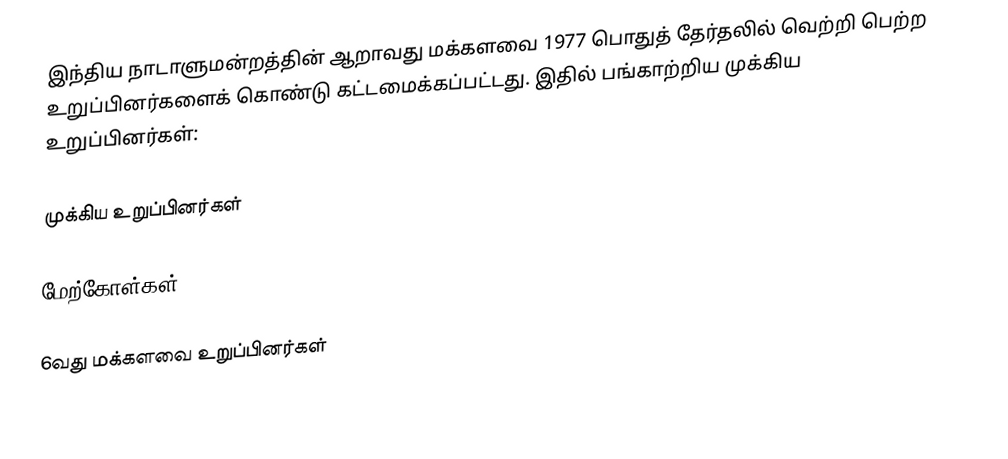
இந்திய நாடாளுமன்றத்தின் ஆறாவது மக்களவை 1977 பொதுத் தேர்தலில் வெற்றி பெற்ற உறுப்பினர்களைக் கொண்டு கட்டமைக்கப்பட்டது. இதில் பங்காற்றிய முக்கிய உறுப்பினர்கள்:

முக்கிய உறுப்பினர்கள்

மேற்கோள்கள்

6வது மக்களவை உறுப்பினர்கள்